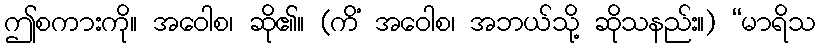
ဤစကားကို။ အဝေါစ၊ ဆို၏။ (ကိံ အဝေါစ၊ အဘယ်သို့ ဆိုသနည်း။) “မာရိသ